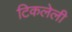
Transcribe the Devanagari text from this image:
टिकलेली